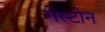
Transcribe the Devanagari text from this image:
गेस्टोन